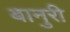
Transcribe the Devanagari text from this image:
बानुरी